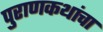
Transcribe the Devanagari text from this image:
पुराणकथांचा